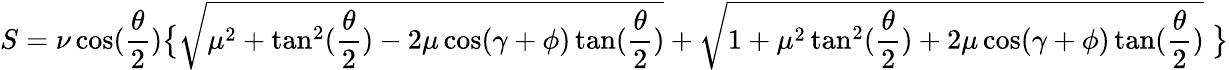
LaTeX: S=\nu\cos(\frac{\theta}{2})\big\{ \sqrt{\mu^{2}+\tan^{2}(\frac{\theta}{2})-2\mu\cos(\gamma+\phi)\tan(\frac{\theta}{2})}+\sqrt{1+\mu^{2}\tan^{2}(\frac{\theta}{2})+2\mu\cos(\gamma+\phi)\tan(\frac{\theta}{2})}\; \big\}